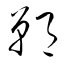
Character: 鄲